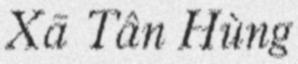
Xã Tân Hùng